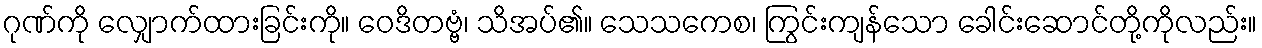
ဂုဏ်ကို လျှောက်ထားခြင်းကို။ ဝေဒိတဗ္ဗံ၊ သိအပ်၏။ သေသကေစ၊ ကြွင်းကျန်သော ခေါင်းဆောင်တို့ကိုလည်း။